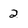
Character: 2